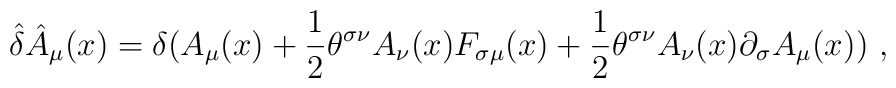
\hat\delta \hat A_\mu (x)=\delta (A_\mu(x)+{1\over 2}\theta^{\sigma\nu}A_\nu(x)F_{\sigma\mu}(x)+{1\over2}\theta ^{\sigma\nu}A_\nu(x)\partial _\sigma A_\mu (x))~,